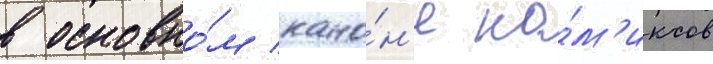
в основно́м кано́н'е ко́м'иксов